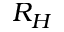
R _ { H }